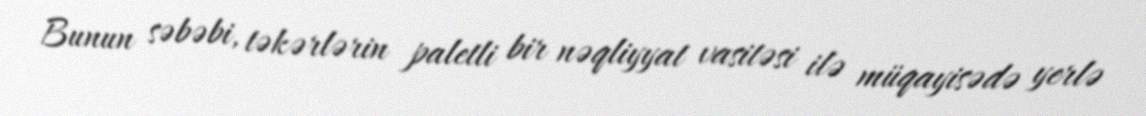
Bunun səbəbi, təkərlərin paletli bir nəqliyyat vasitəsi ilə müqayisədə yerlə